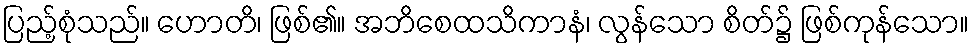
ပြည့်စုံသည်။ ဟောတိ၊ ဖြစ်၏။ အဘိစေထသိကာနံ၊ လွန်သော စိတ်၌ ဖြစ်ကုန်သော။